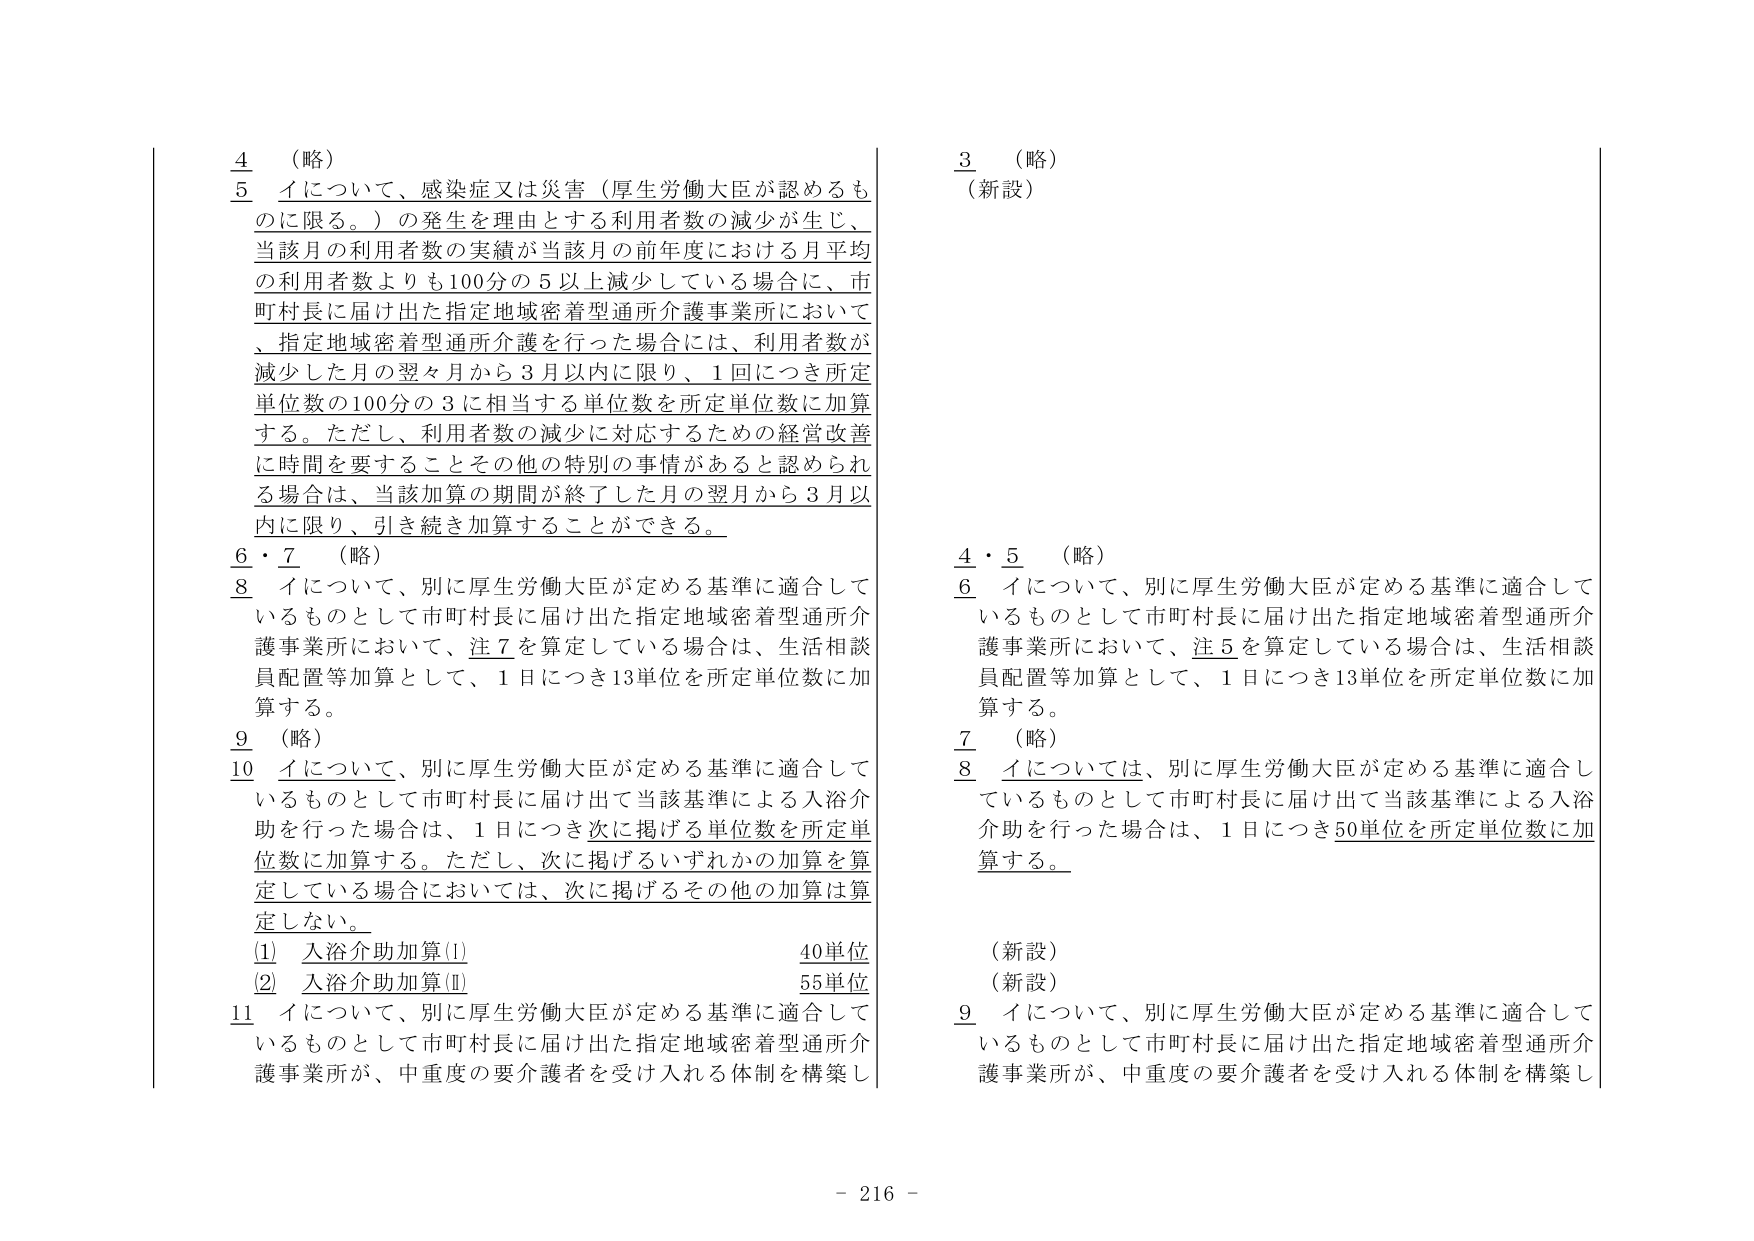
4 （略）
5 イについて、感染症又は災害（厚生労働大臣が認めるものに限る。）の発生を理由とする利用者数の減少が生じ、当該月の利用者数の実績が当該月の前年度における月平均の利用者数よりも100分の5以上減少している場合に、市町村長に届け出た指定地域密着型通所介護事業所において、指定地域密着型通所介護を行った場合には、利用者数が減少した月の翌々月から3月以内に限り、1回につき所定単位数の100分の3に相当する単位数を所定単位数に加算する。ただし、利用者数の減少に対応するための経営改善に時間を要することとその他の特別の事情があると認められる場合は、当該加算の期間が終了した月の翌月から3月以内に限り、引き続き加算することができる。
6・7 （略）
8 イについて、別に厚生労働大臣が定める基準に適合しているものとして市町村長に届け出た指定地域密着型通所介護事業所において、注7を算定している場合は、生活相談員配置等加算として、1日につき13単位を所定単位数に加算する。
9 （略）
10 イについて、別に厚生労働大臣が定める基準に適合しているものとして市町村長に届け出て当該基準による入浴介助を行った場合は、1日につき次に掲げる単位数を所定単位数に加算する。ただし、次に掲げるいずれかの加算を算定している場合においては、次に掲げるその他の加算は算定しない。
(1) 入浴介助加算(Ⅰ) 40単位
(2) 入浴介助加算(Ⅱ) 55単位
11 イについて、別に厚生労働大臣が定める基準に適合しているものとして市町村長に届け出た指定地域密着型通所介護事業所が、中重度の要介護者を受け入れる体制を構築し

3 （略）
（新設）
4・5 （略）
6 イについて、別に厚生労働大臣が定める基準に適合しているものとして市町村長に届け出た指定地域密着型通所介護事業所において、注5を算定している場合は、生活相談員配置等加算として、1日につき13単位を所定単位数に加算する。
7 （略）
8 イについては、別に厚生労働大臣が定める基準に適合しているものとして市町村長に届け出て当該基準による入浴介助を行った場合は、1日につき50単位を所定単位数に加算する。
（新設）
（新設）
9 イについて、別に厚生労働大臣が定める基準に適合しているものとして市町村長に届け出た指定地域密着型通所介護事業所が、中重度の要介護者を受け入れる体制を構築し

- 216 -